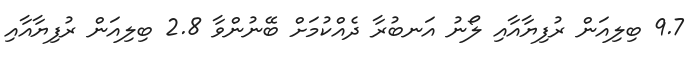
9.7 ބިލިއަން ރުފިޔާއާއި ލޯނު އަނބުރާ ދެއްކުމަށް ބޭނުންވާ 2.8 ބިލިއަން ރުފިޔާއާއި